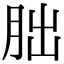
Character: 胐